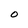
Character: O